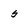
Character: 5